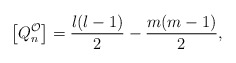
\begin{align*}\left[ Q_{n}^{\mathcal{O}} \right] = \frac{l(l-1)}{2}- \frac{m(m-1)}{2},\end{align*}